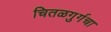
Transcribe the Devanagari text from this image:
चितळगुर्गचा